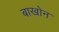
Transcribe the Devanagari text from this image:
बाखोन